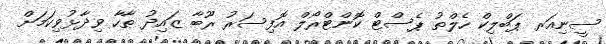
ސީނިއަރ ޕަބްލިކް ހެލްތު ޕެސްޓް ކޮންޓްރޯލް އޮފިސަރު ރޫބާ ޒައިދު ޠާހާ ވިދާޅުވިކަމަށް